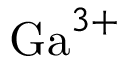
\mathrm { G a } ^ { 3 + }